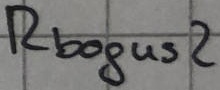
Text: Rbogus2